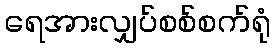
ရေအားလျှပ်စစ်စက်ရုံ